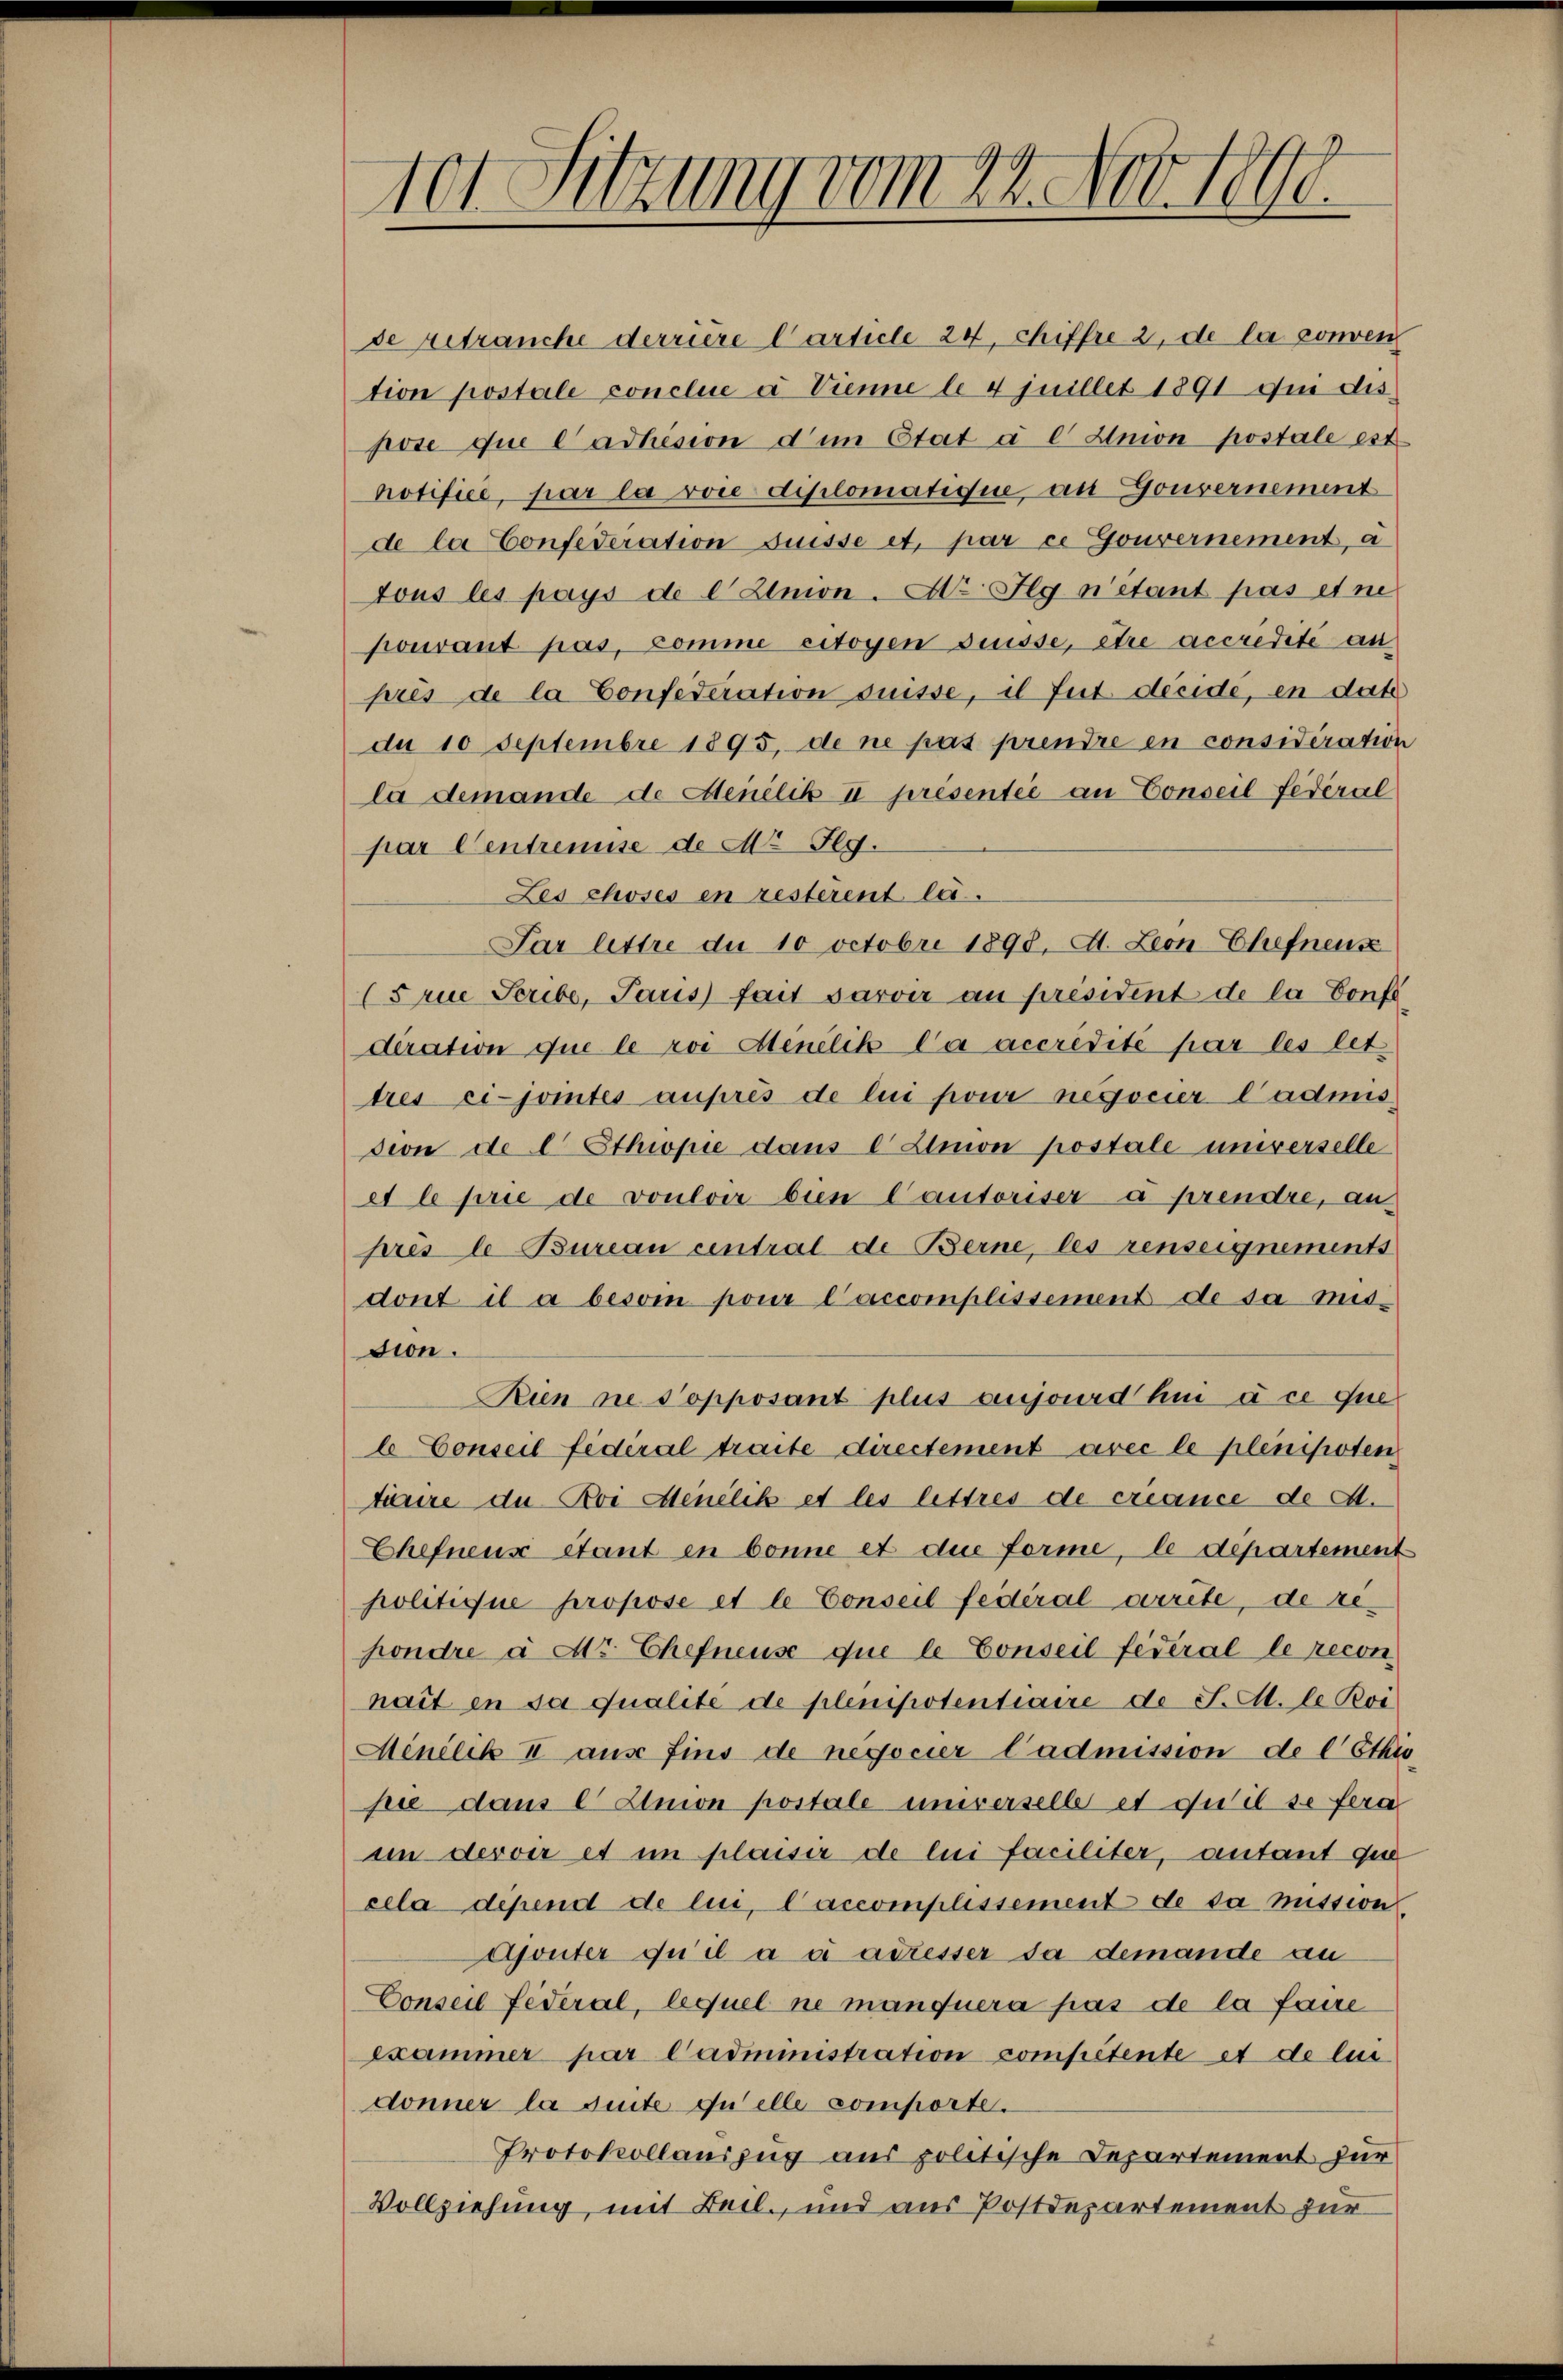
de retrauche derriere Carticle 24, chiffre 2, de la conven
tion postale conclue à Vienne le 4 juillet 1891 in dis
pose que adhision dem Etat à e Union postale est
notifice, par la voie diplomatique an Gouvernement
de la Confederation Suisse et par ce Gouvernement, a
tous les pays de l Znion. Dr. Flg n’étant pas et ne
pouvant pas, comme citoyen Suisse, être accredite an
près de la Confederation suisse, il fut décide, en dat
da 10 Septembre 1895, de ne pas prendre en considération
la demande de Menilik II présentée an Conseil fédéral
par Centremise de Mr Jlg.
Les choses en resterent lei¬
Par lettre du 10 Octobri 1890. A. Leon-Chefnenz
(rue Seribe, Paris fait parver an président de la Confe
deration que le roi Aenilik Ca accrédité par les let
tres ci-jointes auprès de lui pour negocier l’admis
sion de l. Ethiopie dans c Lion postale universelle
et le prie de vouloir bien Cautoriser à prendre, an
près le Bureau central de Berne, les renseignements
dont il a beson pour laccomplissement de sa mitdion.
Kien ne dopposant plus aujourd hui à ce que
l Conseil fédéral traite directement avec le plenipoten
tiure du Boi Menélik et les lettres de créance de A.
Chefneux étant in bonne et die forme, le departement
politique propose et le Conseil fédéral arrite, de rehondre à Mr. Chefneuse que le Conseil fédéral le recon
nait en sa qualite de plenipotentiaire de J. M. le Roi
Minilik II aus fins de negocier Cadmission de C Ethis
sue dans l Union postale unverselbe et qu’il se fera
im dervir et in plaisir de lui faciliter, antant que
cela depend de lui, l’accomplissement de sa mission
Ajonter qu’il a c adresser da demande an
Conseil Federal, lequel ne manquera pas de la faire
Exammer par Cadministration competente et de lindonner la suite quelle comporte.
Protokollauszug aus politische Departement zur
Vollziehung mit Beil, und aus Postdepartement zur

tet Sitzung vom 24. Nov. 1890.